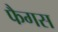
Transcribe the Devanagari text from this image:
फैगस